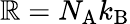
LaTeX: \mathbb{R}=N_{\mathrm{{A}}}k_{\mathrm{{B}}}